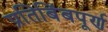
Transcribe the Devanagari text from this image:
प्रतिबिंबपूर्ण